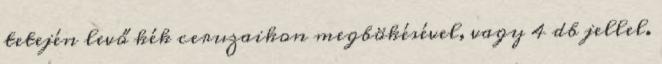
tetején levő kék ceruzaikon megbökésével, vagy 4 db jellel.